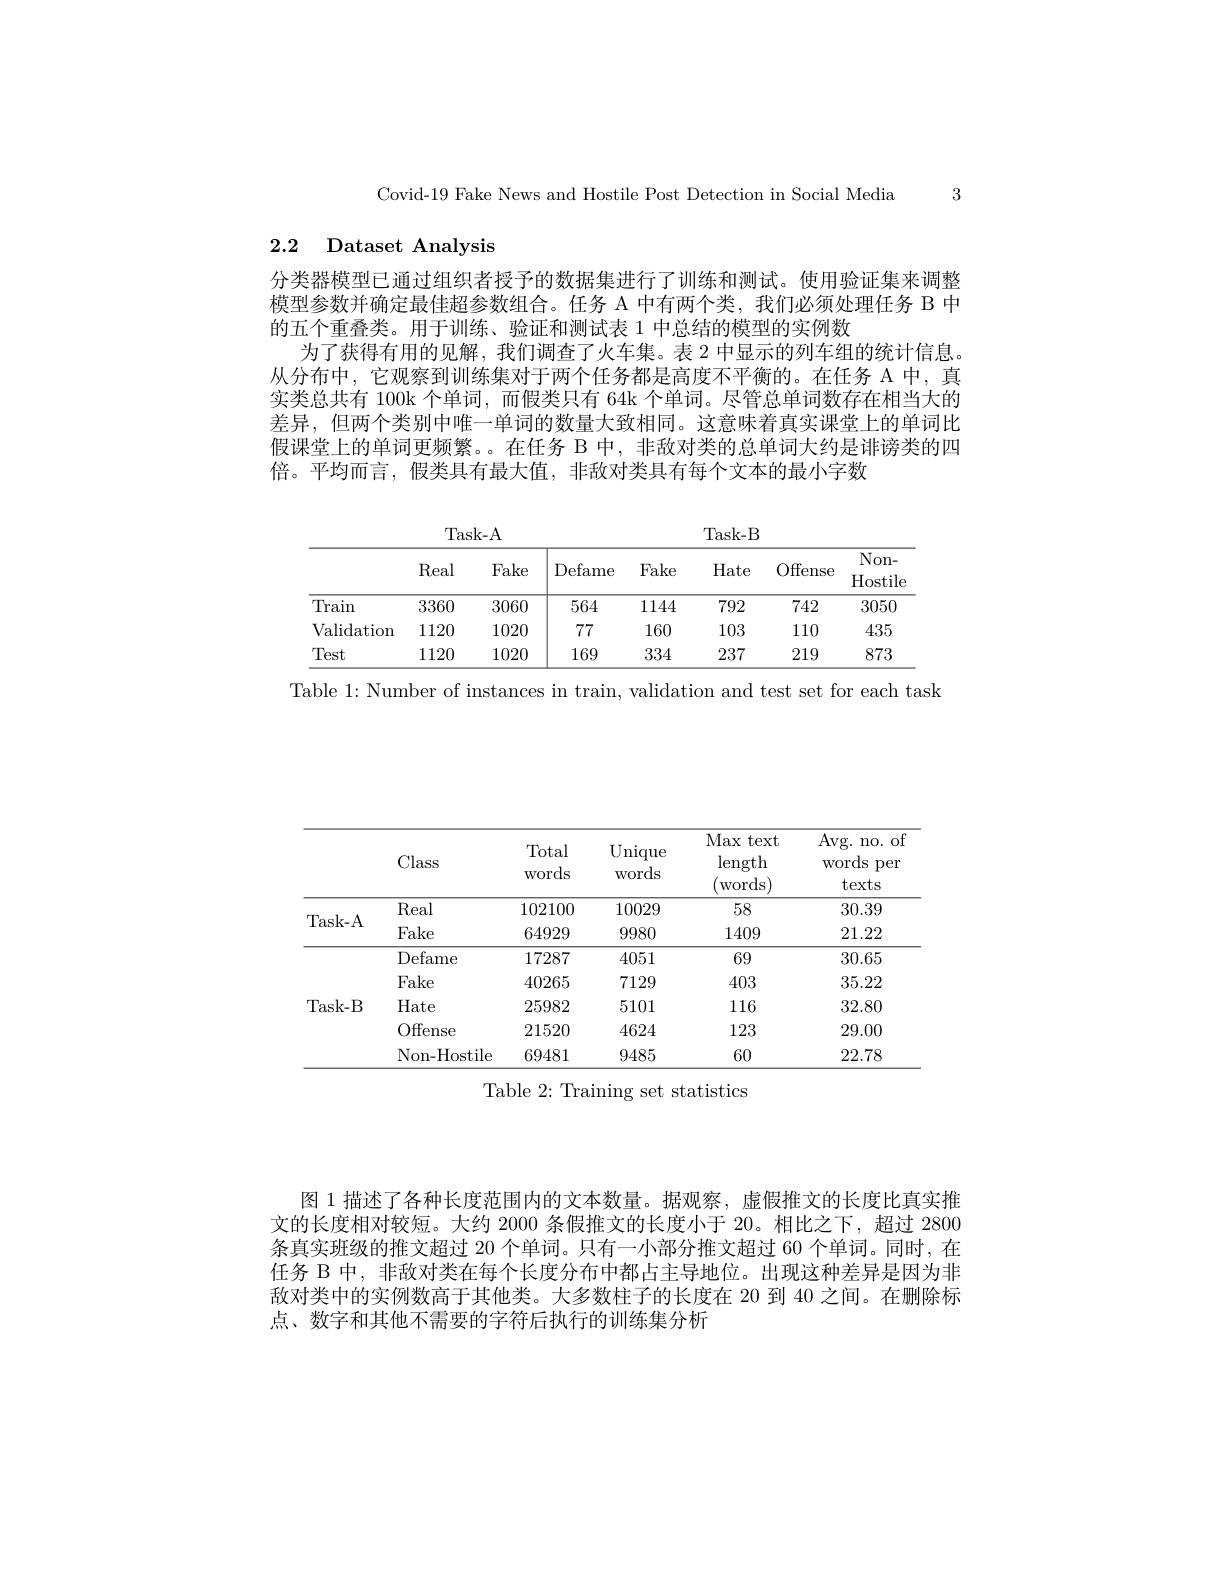
Covid-19 Fake News and Hostile Post Detection in Social Media 3

# 2.2 Dataset Analysis

分类器模型已通过组织者授予的数据集进行了训练和测试。使用验证集来调整模型参数并确定最佳超参数组合。任务 A 中有两个类，我们必须处理任务 B 中的五个重叠类。用于训练、验证和测试表 1 中总结的模型的实例数
为了获得有用的见解，我们调查了火车集。表 2 中显示的列车组的统计信息。从分布中，它观察到训练集对于两个任务都是高度不平衡的。在任务 A 中，真实类总共有 100k 个单词，而假类只有 64k 个单词。尽管总单词数存在相当大的差异，但两个类别中唯一单词的数量大致相同。这意味着真实课堂上的单词比假课堂上的单词更频繁。。在任务 B 中，非敌对类的总单词大约是诽谤类的四倍。平均而言，假类具有最大值，非敌对类具有每个文本的最小字数

<table>
	<tbody>
		<tr>
			<th> </th>
			<th>Real</th>
			<th>Fake</th>
			<th>Defame</th>
			<th>Fake</th>
			<th>Hate</th>
			<th>Offense</th>
			<th>$Non-$ Hostil$\epsilon$</th>
		</tr>
		<tr>
			<td>Train</td>
			<td>3360</td>
			<td>3060</td>
			<td>564</td>
			<td>1144</td>
			<td>792</td>
			<td>742</td>
			<td>3050</td>
		</tr>
		<tr>
			<td>Validation</td>
			<td>1120</td>
			<td>1020</td>
			<td>77</td>
			<td>160</td>
			<td>103</td>
			<td>110</td>
			<td>435</td>
		</tr>
		<tr>
			<td>Test</td>
			<td>1120</td>
			<td>1020</td>
			<td>169</td>
			<td>334</td>
			<td>237</td>
			<td>219</td>
			<td>873</td>
		</tr>
	</tbody>
</table>

Table 1: Number of instances in train, validation and test set for each task

<table>
	<tbody>
		<tr>
			<th> </th>
			<th>Class</th>
			<th>Total words</th>
			<th>Unique WOrds</th>
			<th>Max <text $\operatorname{length}$ ${\mathrm{Words}})$</th>
			<th>Avg. no. of Words per texts</th>
		</tr>
		<tr>
			<td rowspan="2">Task- A</td>
			<td>Real</td>
			<td>102100</td>
			<td>10029</td>
			<td>58</td>
			<td>30.39</td>
		</tr>
		<tr>
			<td>Fake</td>
			<td>64929</td>
			<td>9980</td>
			<td>1409</td>
			<td>21.22</td>
		</tr>
		<tr>
			<td rowspan="5">Task- B</td>
			<td>Defame</td>
			<td>17287</td>
			<td>4051</td>
			<td>69</td>
			<td>30.65</td>
		</tr>
		<tr>
			<td>Fake</td>
			<td>40265</td>
			<td>7129</td>
			<td>403</td>
			<td>35.22</td>
		</tr>
		<tr>
			<td>Hate</td>
			<td>25982</td>
			<td>5101</td>
			<td>116</td>
			<td>32.80</td>
		</tr>
		<tr>
			<td>Offense</td>
			<td>21520</td>
			<td>4624</td>
			<td>123</td>
			<td>29.00</td>
		</tr>
		<tr>
			<td>Non-Hostile</td>
			<td>69481</td>
			<td>9485</td>
			<td>60</td>
			<td>22.78</td>
		</tr>
	</tbody>
</table>
Table 2: Training set statistics

图 1 描述了各种长度范围内的文本数量。据观察，虚假推文的长度比真实推文的长度相对较短。大约 2000 条假推文的长度小于 20。相比之下，超过 2800条真实班级的推文超过 20 个单词。只有一小部分推文超过 60 个单词。同时，在任务 B 中，非敌对类在每个长度分布中都占主导地位。出现这种差异是因为非敌对类中的实例数高于其他类。大多数柱子的长度在 20 到 40 之间。在删除标点、数字和其他不需要的字符后执行的训练集分析